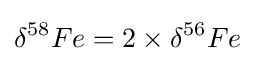
\delta ^{58}Fe=2\times \delta ^{56}Fe